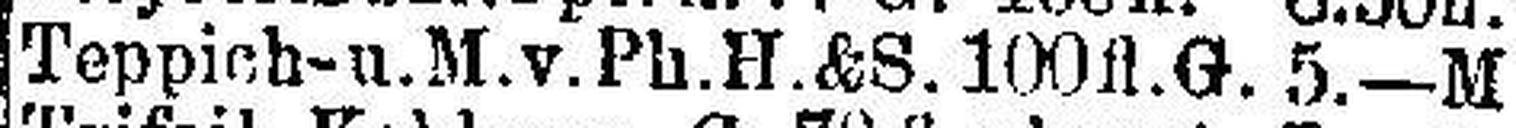
Teppich- u. M.v.Ph.H.&S. 100 fl.G. 5.—M.